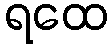
ရထေ